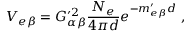
V _ { e \beta } = G _ { \alpha \beta } ^ { \prime 2 } \frac { N _ { e } } { 4 \pi d } e ^ { - m _ { e \beta } ^ { \prime } d } \; ,